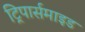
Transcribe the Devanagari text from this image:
ट्रिपार्समाइड